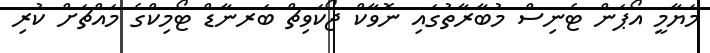
މަޔާމީ އޯޕަން ޓެނިސް މުބާރާތުގައި ނޮވާކް ޖޯކަވިޗް ބަރނާޑް ޓޯމިކްގެ މައްޗަށް ކުރި